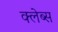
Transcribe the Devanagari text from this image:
क्लेब्स